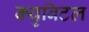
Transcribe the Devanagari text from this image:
क्युबिटल